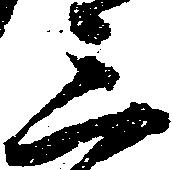
三